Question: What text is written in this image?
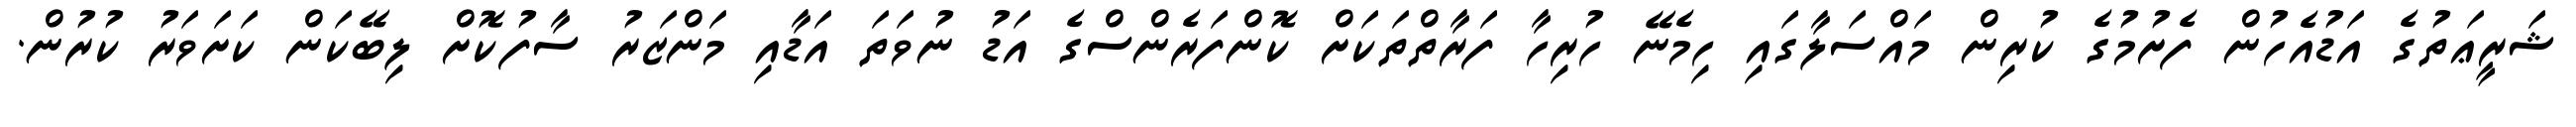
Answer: ޝަރީޢަތުގެ އަޑުއެހުން ފެށުމުގެ ކުރިން މައްސަލާގައި ހިމެނޭ ހުރިހާ ފަރާތްތަކަށް ކޮންފަރެންސްގެ އަޑު ނުވަތަ އަޑާއި މަންޒަރު ސާފުކޮށް ލިބޭކަން ކަށަވަރު ކުރުން.